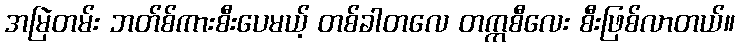
အမြဲတမ်း ဘတ်စ်ကားစီးပေမယ့် တစ်ခါတလေ တက္ကစီလေး စီးဖြစ်လာတယ်။